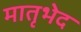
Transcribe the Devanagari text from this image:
मातृभेद